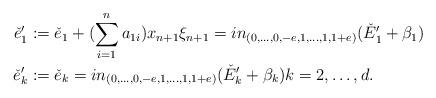
LaTeX: \begin{align*}\check{e}'_1 &:= \check{e}_1 + (\sum_{i=1}^n a_{1i})x_{n+1} \xi_{n+1} = in_{(0,\ldots,0,-e,1,\ldots,1,1+e)}(\check{E}'_1 +\beta_1) \\\check{e}'_k &:= \check{e}_k = in_{(0,\ldots,0,-e,1,\ldots,1,1+e)}(\check{E}'_k + \beta_k) k= 2, \ldots ,d.\end{align*}